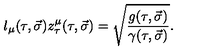
l _ { \mu } ( \tau , \vec { \sigma } ) z _ { \tau } ^ { \mu } ( \tau , \vec { \sigma } ) = \sqrt { \frac { g ( \tau , \vec { \sigma } ) } { \gamma ( \tau , \vec { \sigma } ) } } .